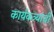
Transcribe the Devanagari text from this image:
कार्यकत्र्यांची